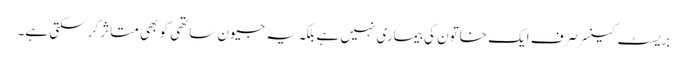
بریسٹ کینسر صرف ایک خاتون کی بیماری نہیں ہے بلکہ یہ جیون ساتھی کو بھی متاثر کرسکتی ہے۔